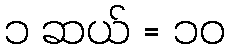
၁ ဆယ် = ၁၀